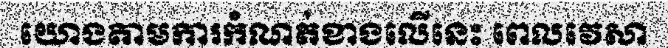
យោងតាមការកំណត់ខាងលើនេះ ពេលវេសា